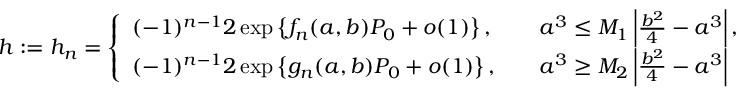
h : = h _ { n } = \left\{ \begin{array} { l l } { ( - 1 ) ^ { n - 1 } 2 \exp \left\{ f _ { n } ( a , b ) P _ { 0 } + o ( 1 ) \right\} , } & { \quad a ^ { 3 } \leq M _ { 1 } \left| \frac { b ^ { 2 } } { 4 } - a ^ { 3 } \right| , } \\ { ( - 1 ) ^ { n - 1 } 2 \exp \left\{ g _ { n } ( a , b ) P _ { 0 } + o ( 1 ) \right\} , } & { \quad a ^ { 3 } \geq M _ { 2 } \left| \frac { b ^ { 2 } } { 4 } - a ^ { 3 } \right| } \end{array} \right.